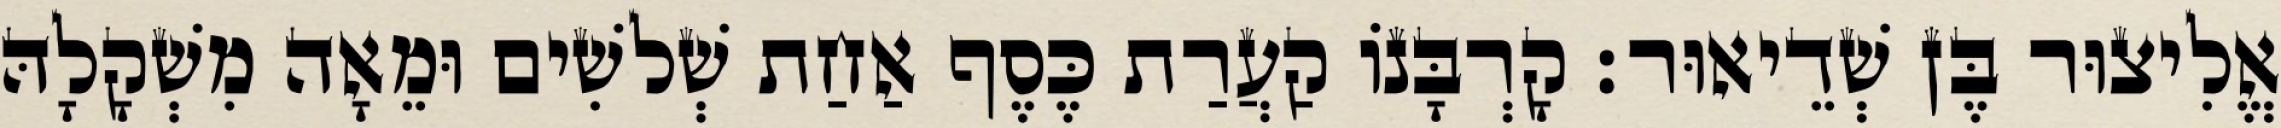
אֱלִיצוּר בֶּן שְׁדֵיאוּר׃ קָרְבָּנוֹ קַעֲרַת כֶּסֶף אַחַת שְׁלשִׁים וּמֵאָה מִשְׁקָלָהּ